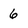
Character: 6